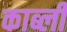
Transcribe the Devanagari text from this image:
काब्ली